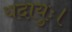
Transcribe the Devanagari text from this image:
यदायुः।